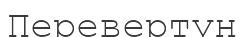
Перевертун